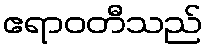
ဧရာဝတီသည်